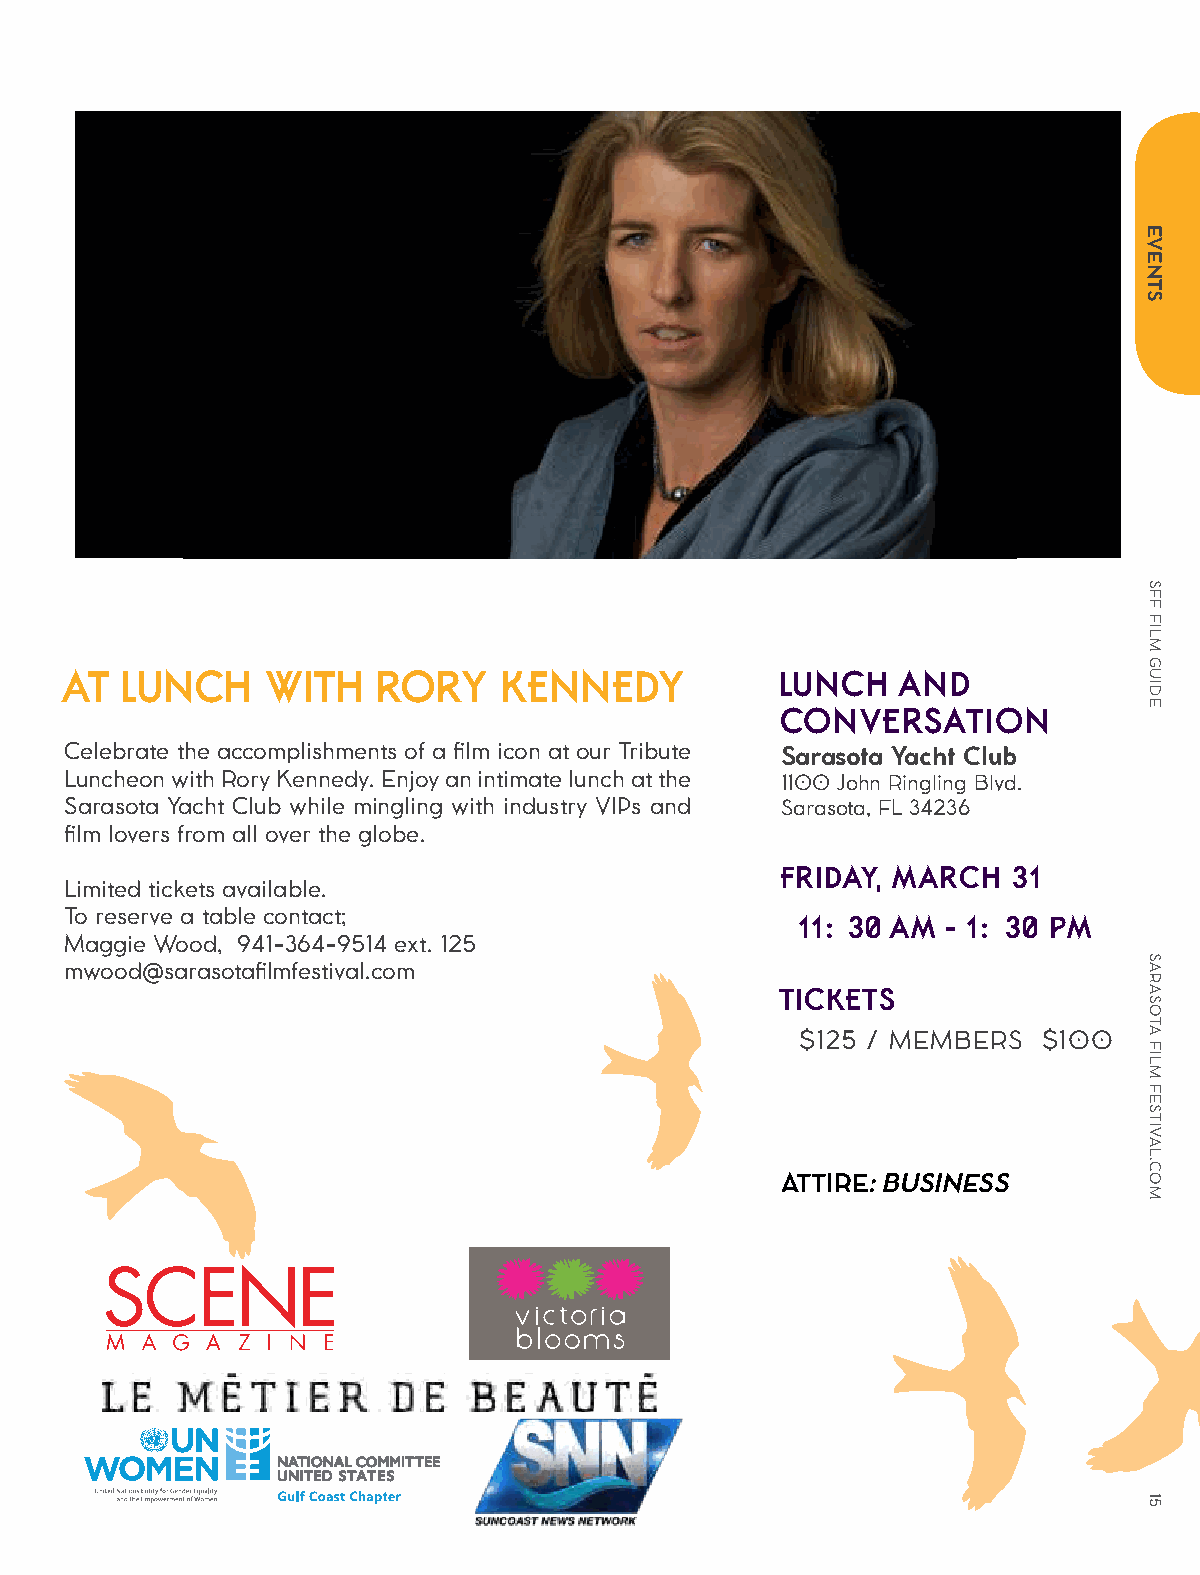
AT  LUNCH     WITH   RORY    KENNEDY            LUNCH   AND
 CONVERSATION
 Celebrate the accomplishments of a film icon at our Tribute Sarasota Yacht Club
 Luncheon with Rory Kennedy. Enjoy an intimate lunch at the 1100 John Ringling Blvd.
 Sarasota Yacht Club while mingling with industry VIPs and Sarasota, FL 34236
 film lovers from all over the globe.
 FRIDAY, MARCH  31
 Limited tickets available.
 To reserve a table contact;                      11:30 AM  - 1:30 PM
 Maggie Wood, 941-364-9514 ext. 125
 mwood@sarasotafilmfestival.com
 TICKETS
 $125 / MEMBERS  $100
 ATTIRE: BUSINESS
 EVENTS
 SFF
 FILM
 GUIDE
 SARASOTA
 FILM
 FESTIVAL.COM
 15